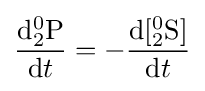
{\frac {{\mathrm {d} }{_{2}^{0}}{\ce {P}}}{{\mathrm {d} }t}}=-{\frac {{\mathrm {d} }[{^{0}_{2}}{\ce {S}}]}{{\mathrm {d} }t}}